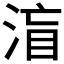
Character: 𱦼